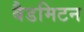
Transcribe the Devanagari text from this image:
बैडमिटन